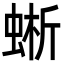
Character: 蜥